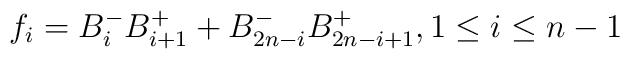
f_{i}=B_{i}^{-}B_{i+1}^{+}+B_{2n-i}^{-}B_{2n-i+1}^{+},1\leq i\leq n-1